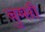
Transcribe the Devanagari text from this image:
बुग्‍सी